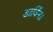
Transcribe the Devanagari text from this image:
डार्विन।